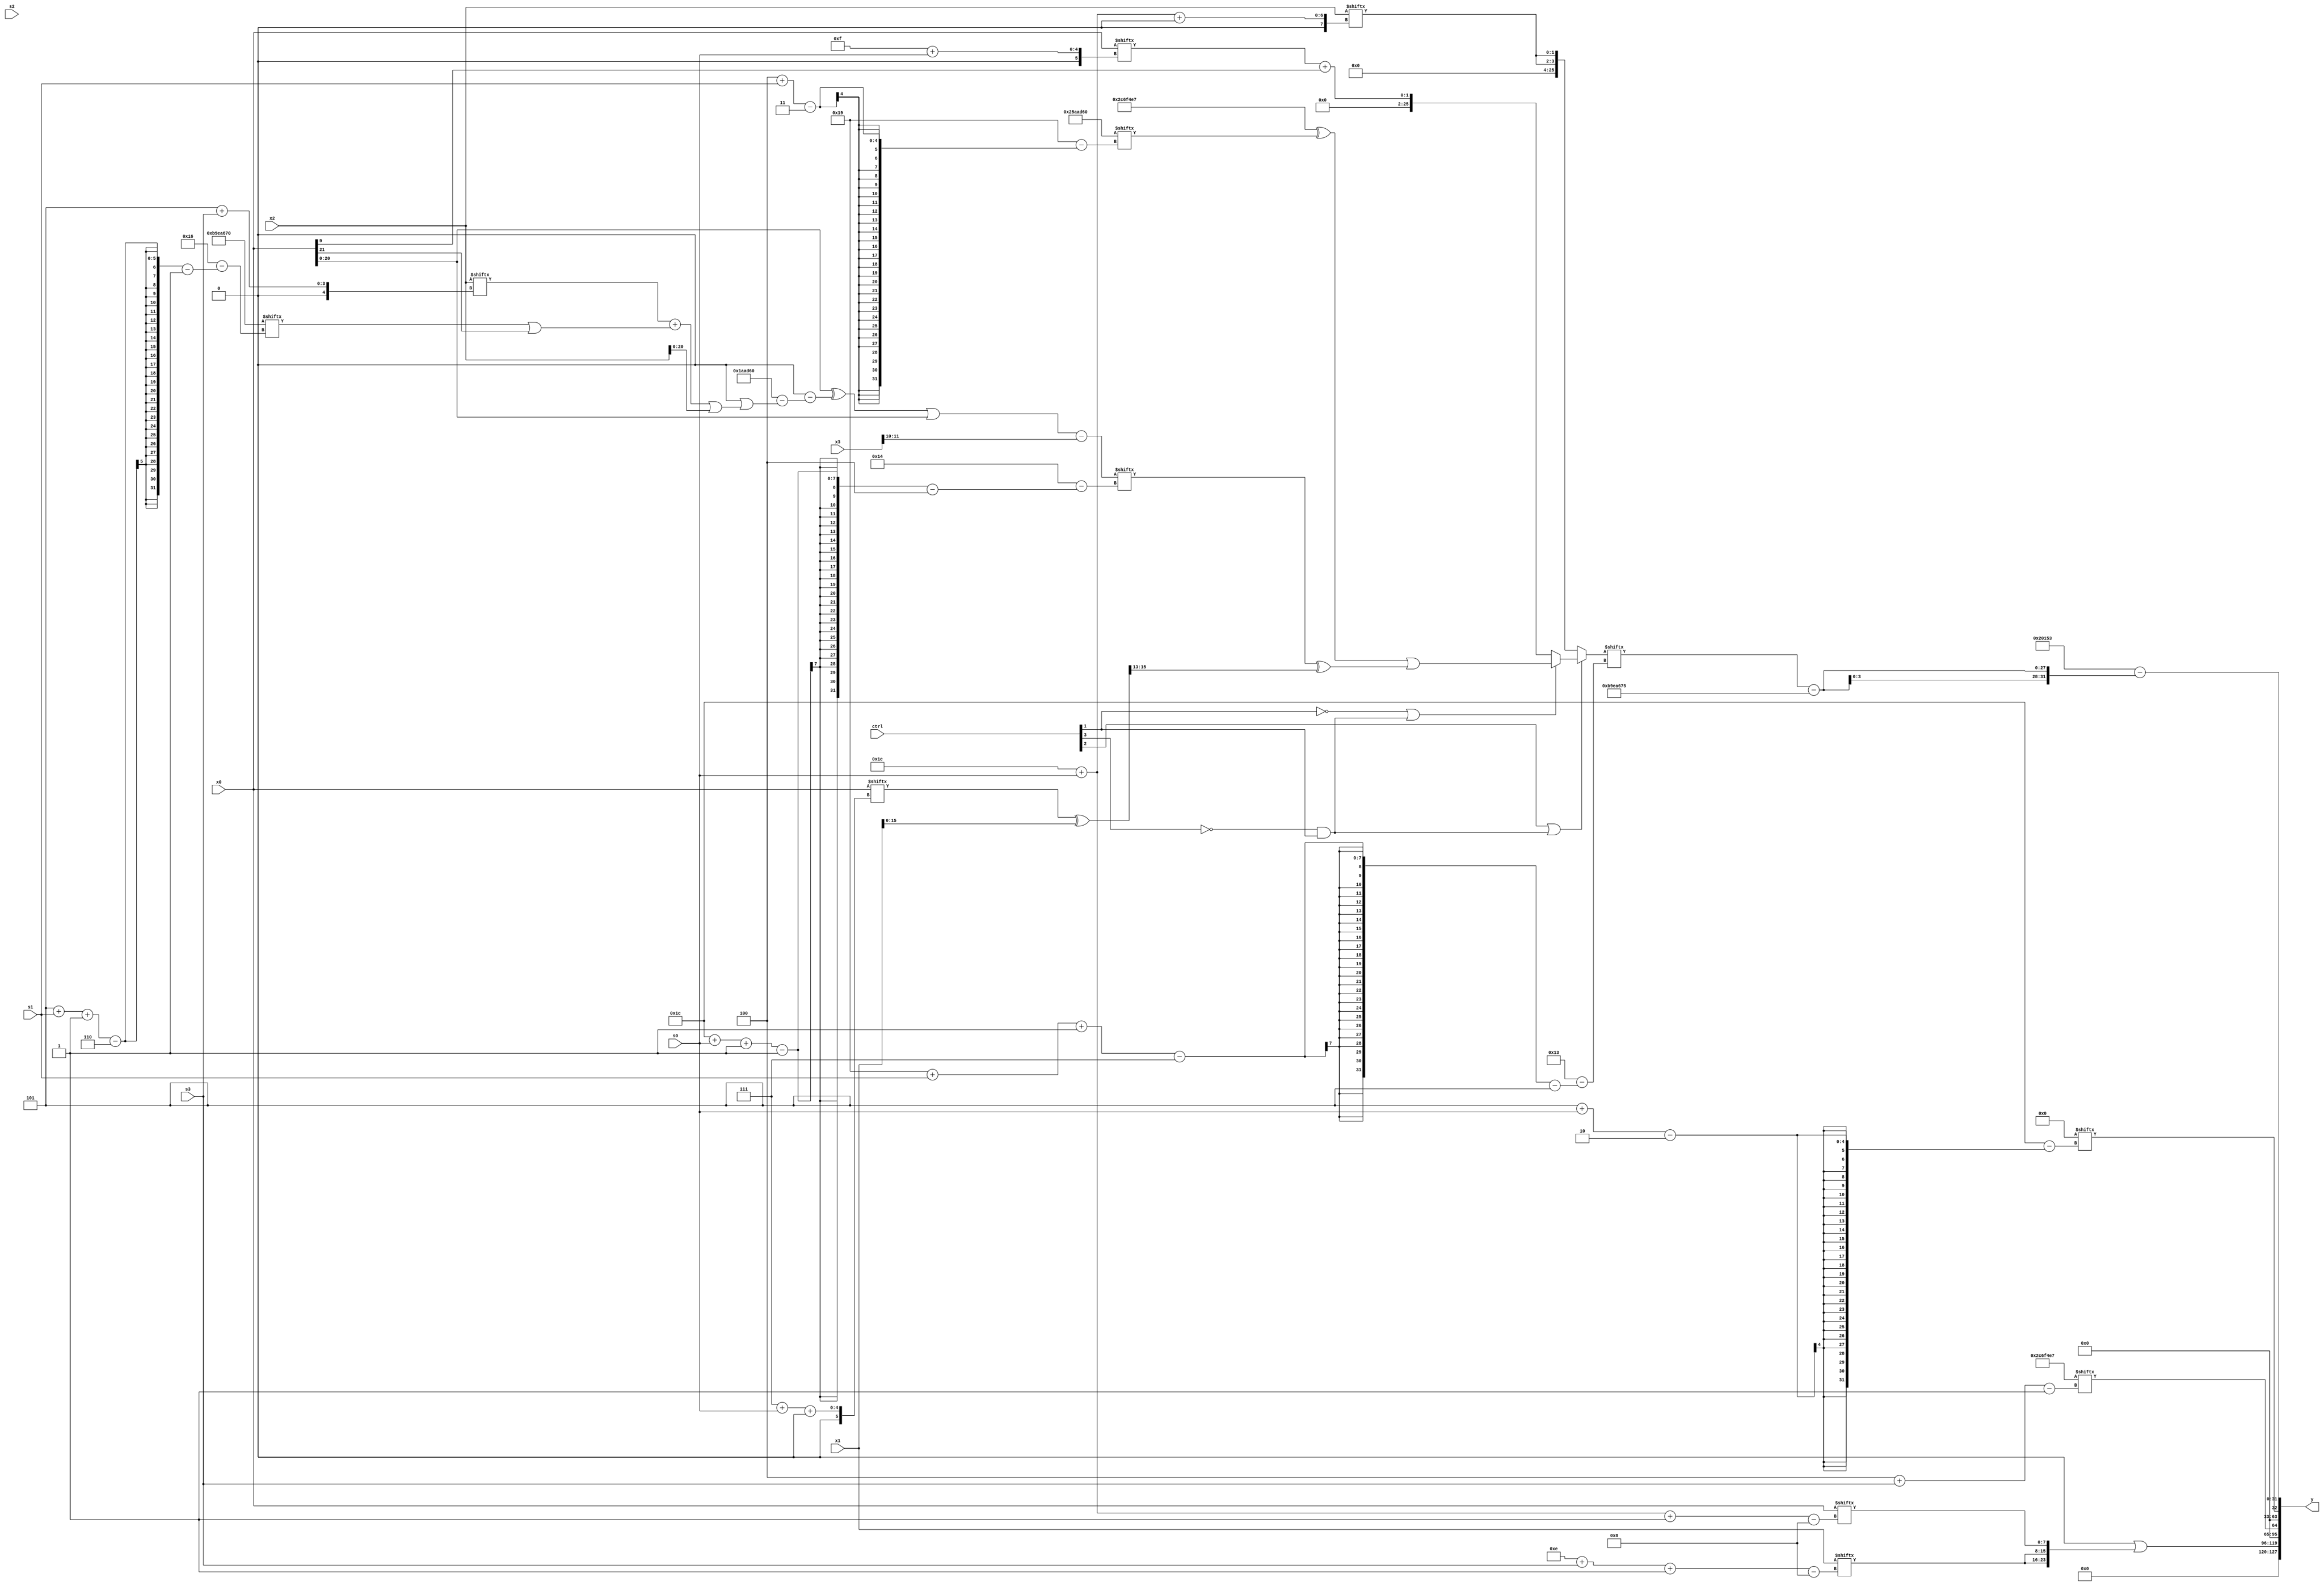
module partsel_00855(ctrl, s0, s1, s2, s3, x0, x1, x2, x3, y);
  input [3:0] ctrl;
  input [2:0] s0;
  input [2:0] s1;
  input [2:0] s2;
  input [2:0] s3;
  input signed [31:0] x0;
  input signed [31:0] x1;
  input signed [31:0] x2;
  input [31:0] x3;
  wire [4:24] x4;
  wire [31:1] x5;
  wire signed [24:6] x6;
  wire [5:30] x7;
  wire [5:28] x8;
  wire [0:26] x9;
  wire [30:7] x10;
  wire signed [1:30] x11;
  wire signed [2:27] x12;
  wire signed [27:3] x13;
  wire signed [31:5] x14;
  wire signed [2:30] x15;
  output [127:0] y;
  wire signed [31:0] y0;
  wire signed [31:0] y1;
  wire [31:0] y2;
  wire signed [31:0] y3;
  assign y = {y0,y1,y2,y3};
  localparam [27:1] p0 = 46593255;
  localparam signed [1:28] p1 = 194946672;
  localparam [26:7] p2 = 692191571;
  localparam signed [3:28] p3 = 777694560;
  assign x4 = (((x0 ^ (p0[21 -: 1] - (p3 - (p2[18 +: 1] | ((x2[5 + s3] + (p1[5 + s1 -: 6] | x0[21])) | x2))))) | x0) - x3[10 +: 2]);
  assign x5 = (x0[7 + s0 +: 4] ^ x1);
  assign x6 = p2[9];
  assign x7 = {{{2{{(p3[0 + s0 -: 5] ^ x0[6 + s1 +: 8]), p3}}}, x0}, (ctrl[2] || !ctrl[3] && ctrl[1] ? (!ctrl[1] || ctrl[1] && !ctrl[3] ? ((p0 ^ p3[4 + s1]) | (x4[28 + s0 -: 1] ^ x5[14 +: 3])) : ((x0[15 + s0] | p1[17 -: 1]) + x0[9])) : {2{x2[30 + s0 +: 2]}})};
  assign x8 = x0[15 -: 1];
  assign x9 = p0[15];
  assign x10 = p3[4 + s1];
  assign x11 = p2[19 + s0];
  assign x12 = p0[10];
  assign x13 = p2[10 +: 1];
  assign x14 = x9;
  assign x15 = x14[13 +: 1];
  assign y0 = (x10[21] | {{2{x1[14 + s3 -: 8]}}, x0[30 + s0 -: 8]});
  assign y1 = p0[4 + s3];
  assign y2 = (x15[5 + s0] ^ (p3[19] ^ x15[15 -: 2]));
  assign y3 = {2{{{2{(p2[28 + s2 +: 7] & (x3[12] | x0[24 + s0 +: 2]))}}, (p2 - {2{(x7[25 + s1 -: 7] - (p3[9 +: 3] + (p1 | x11[19 +: 4])))}})}}};
endmodule